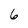
Character: 6